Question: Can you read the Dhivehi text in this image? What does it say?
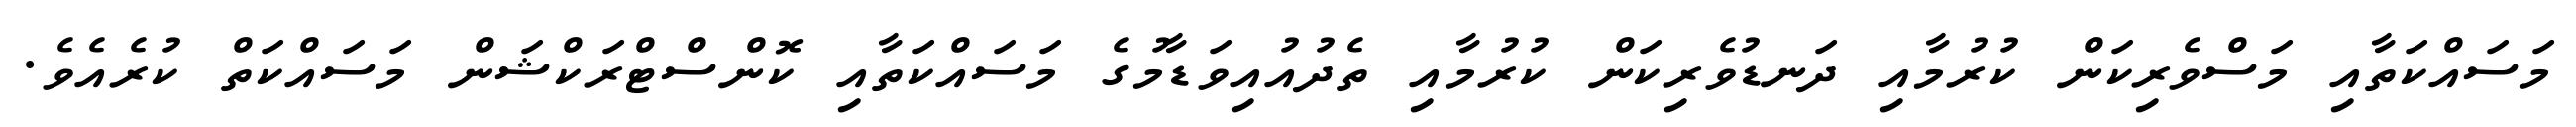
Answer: މަސައްކަތާއި މަސްވެރިކަން ކުރުމާއި ދަނޑުވެރިކަން ކުރުމާއި ތެދުއުއިވަޑާމުގެ މަސައްކަތާއި ކޮންސްޓްރަކްޝަން މަސައްކަތް ކުރެއެވެ.